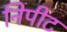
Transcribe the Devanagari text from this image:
निपीट